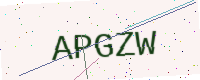
Text: APGZW